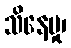
သိနေမှု၊